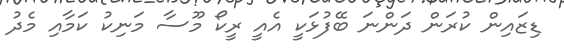
ޑިޒައިން ކުރަން ދަންނަ ބޭފުޅަކީ އެއީ ރީކޯ މޫސާ މަނިކު ކަމާއި މެދު